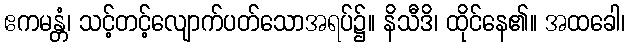
ဧကမန္တံ၊ သင့်တင့်လျောက်ပတ်သောအရပ်၌။ နိသီဒိ၊ ထိုင်နေ၏။ အထခေါ၊